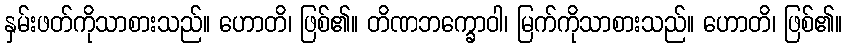
နှမ်းဖတ်ကိုသာစားသည်။ ဟောတိ၊ ဖြစ်၏။ တိဏဘက္ခောဝါ၊ မြက်ကိုသာစားသည်။ ဟောတိ၊ ဖြစ်၏။